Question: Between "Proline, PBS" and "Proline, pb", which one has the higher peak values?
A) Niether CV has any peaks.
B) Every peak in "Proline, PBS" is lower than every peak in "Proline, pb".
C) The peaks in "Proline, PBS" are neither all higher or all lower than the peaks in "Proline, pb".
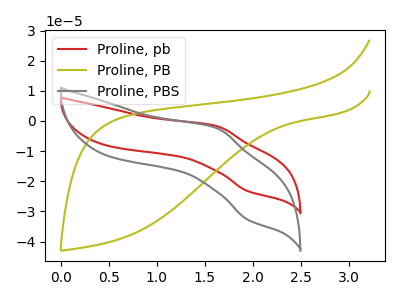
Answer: <think>The red curve "Proline, pb" has an anodic peak at (1.60V, -1.70uA) and a cathodic peak at (1.95V, -23.25uA). The olive curve "Proline, PB" has no peaks. The gray curve "Proline, PBS" has an anodic peak at (1.60V, -2.40uA) and a cathodic peak at (1.95V, -32.70uA).</think>
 <answer>C) The peaks in "Proline, PBS" are neither all higher or all lower than the peaks in "Proline, pb".</answer>
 <eval>C</eval>